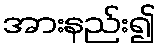
အားနည်း၍